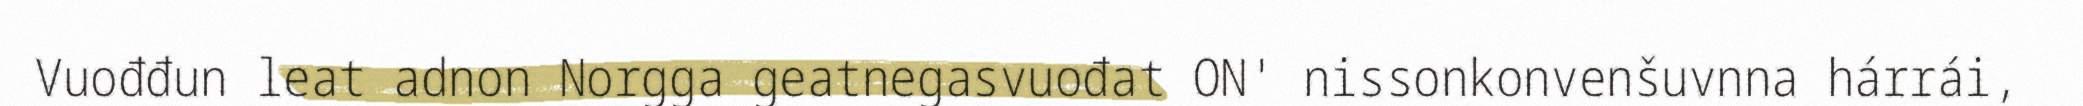
Vuođđun leat adnon Norgga geatnegasvuođat ON' nissonkonvenšuvnna hárrái,